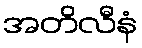
အတိလီနံ